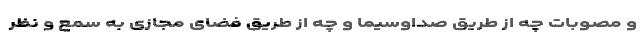
و مصوبات چه از طریق صداوسیما و چه از طریق فضای مجازی به سمع و نظر